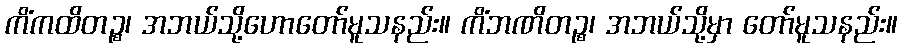
ကိံကထိတဉ္စ၊ အဘယ်သို့ဟောတော်မူသနည်း။ ကိံဘဏိတဉ္စ၊ အဘယ်သို့မှာ တော်မူသနည်း။